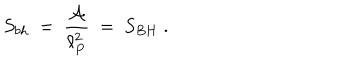
S _ { b h } ~ = ~ { \frac { \cal A } { \ell _ { P } ^ { 2 } } } ~ = ~ S _ { B H } ~ .